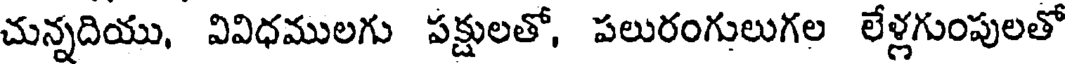
చున్నదియు, వివిధములగు పక్షులతో, పలురంగులుగల లేళ్లగుంపులతో